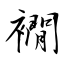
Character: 襉